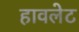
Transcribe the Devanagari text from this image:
हावलेट